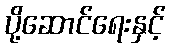
ပို့ဆောင်ရေးနှင့်